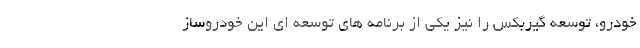
خودرو، توسعه گیربکس را نیز یکی از برنامه های توسعه ای این خودروساز